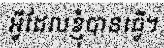
អ្វីដែលខ្ញុំបានធ្វើ។